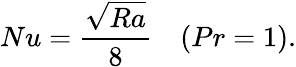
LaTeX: Nu=\frac{\sqrt{Ra}}{8}\quad(Pr=1).